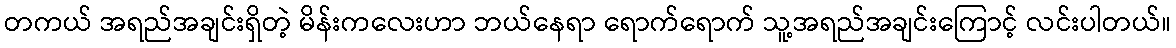
တကယ် အရည်အချင်းရှိတဲ့ မိန်းကလေးဟာ ဘယ်နေရာ ရောက်ရောက် သူ့အရည်အချင်းကြောင့် လင်းပါတယ်။